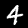
Label: 4